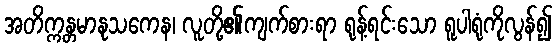
အတိက္ကန္တမာနုသကေန၊ လူတို့၏ကျက်စားရာ ရုန့်ရင်းသော ရူပါရုံကိုလွန်၍